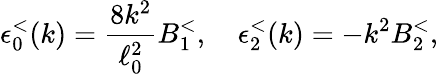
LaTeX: \epsilon_{0}^{<}(k)={\frac{8k^{2}}{\ell_{0}^{2}}}B_{1}^{<},\quad\epsilon_{2}^{<}(k)=-k^{2}B_{2}^{<},